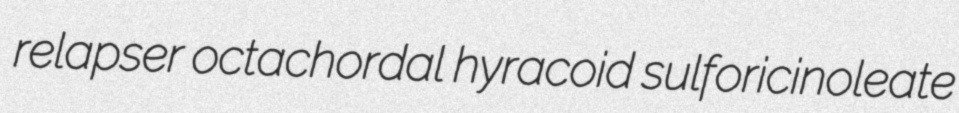
relapser octachordal hyracoid sulforicinoleate